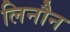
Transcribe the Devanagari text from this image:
लिनौन